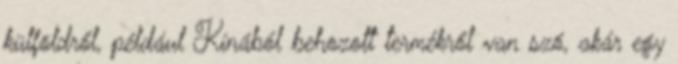
külföldről, például Kínából behozott termékről van szó, akár egy